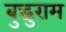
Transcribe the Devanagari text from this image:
बुद्धुराम